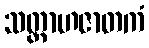
သတ္တာဟဇာတကံ